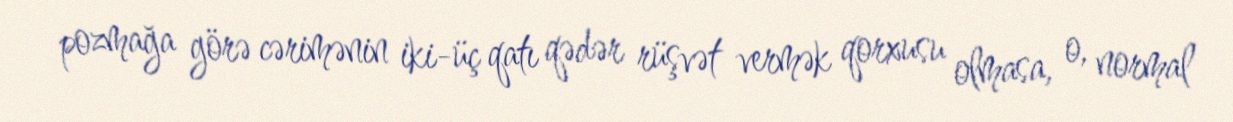
pozmağa görə cərimənin iki-üç qatı qədər rüşvət vermək qorxusu olmasa, o, normal